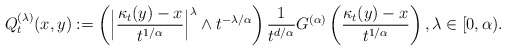
\begin{align*}Q_t^{(\lambda)}(x,y):=\left( \Big|\frac{\kappa_t(y)-x}{t^{1/\alpha}}\Big|^\lambda \wedge t^{-\lambda/\alpha} \right)\frac{1}{t^{d/\alpha}} G^{(\alpha)} \left({\kappa_t(y)-x\over t^{1/\alpha}}\right), \lambda\in [0,\alpha).\end{align*}